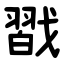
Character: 㦻